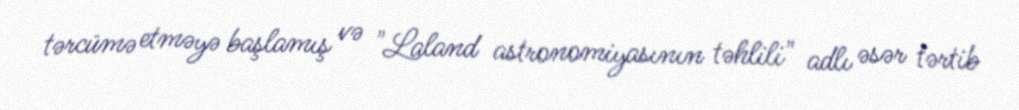
tərcümə etməyə başlamış və "Laland astronomiyasının təhlili" adlı əsər tərtib